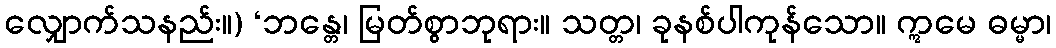
လျှောက်သနည်း။) ‘ဘန္တေ၊ မြတ်စွာဘုရား။ သတ္တ၊ ခုနစ်ပါကုန်သော။ ဣမေ ဓမ္မာ၊